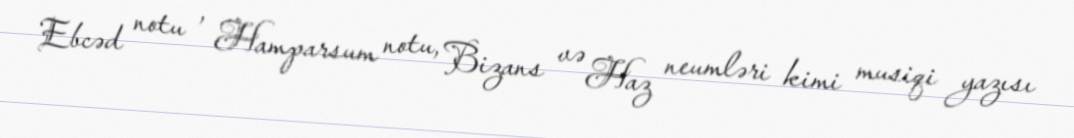
Ebcəd notu , Hamparsum notu, Bizans və Haz neumləri kimi musiqi yazısı